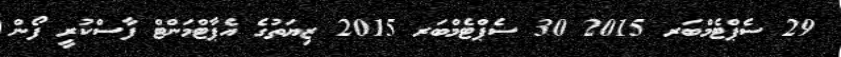
29 ސެޕްޓެމްބަރ 2015 30 ސެޕްޓެމްބަރ 2015 ޒިޔަތުގެ އެޕާޓްމަންޓް ފާސްކުރީ ފޯން